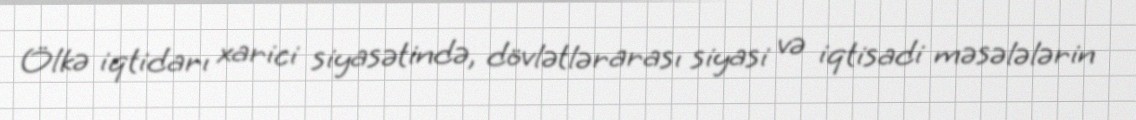
Ölkə iqtidarı xarici siyasətində, dövlətlərarası siyasi və iqtisadi məsələlərin